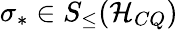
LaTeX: \sigma_{\ast}\in S_{\leq}(\mathcal{H}_{CQ})